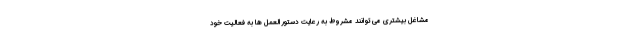
مشاغل بیشتری می توانند مشروط به رعایت دستورالعمل ها به فعالیت خود